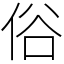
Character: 俗